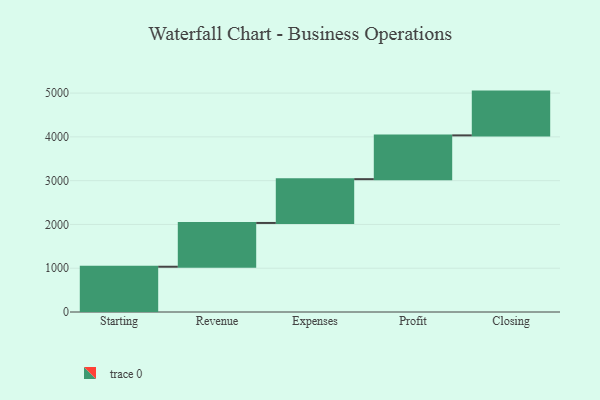
{"axis": {"x": "Step", "y": "Value"}, "legend": [""], "data": [{"x": "Starting", "y": 1034.0, "type": ""}, {"x": "Revenue", "y": 1000, "type": ""}, {"x": "Expenses", "y": 1000, "type": ""}, {"x": "Profit", "y": 1000, "type": ""}, {"x": "Closing", "y": 1000, "type": ""}]}